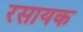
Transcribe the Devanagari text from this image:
रसायक